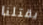
يقتلنا